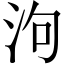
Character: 泃